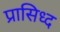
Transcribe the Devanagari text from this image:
प्रासिध्द